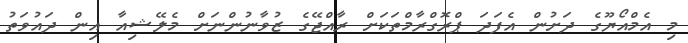
މި އެމްއޯޔޫގެ ދަށުން އެފަދަ ޕްރޮގްރާމްތަކަށް ރާއްޖޭގެ ޒުވާނުންނަށް މެލޭޝިއާ އިން ދައުވަތު